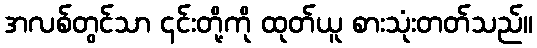
အလစ်တွင်သာ ၎င်းတို့ကို ထုတ်ယူ စားသုံးတတ်သည်။